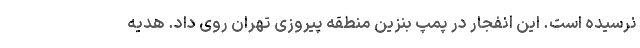
نرسیده است. این انفجار در پمپ بنزین منطقه پیروزی تهران روی داد. هدیه